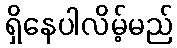
ရှိနေပါလိမ့်မည်